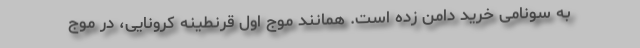
به سونامی خرید دامن زده است. همانند موج اول قرنطینه کرونایی، در موج